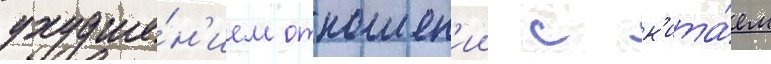
ухудше́н'ием отношен'ии с к'ита́ем